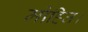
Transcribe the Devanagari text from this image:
मोहित।